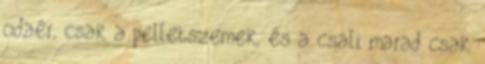
odaér, csak a pelletszemek, és a csali marad csak